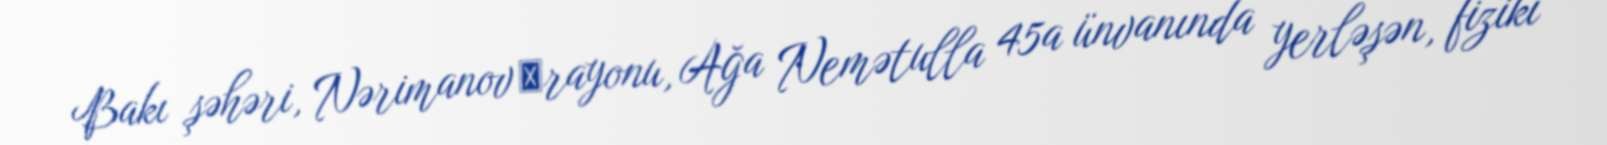
Bakı şəhəri, Nərimanov ‎rayonu, Ağa Nemətulla 45a ünvanında yerləşən, fiziki